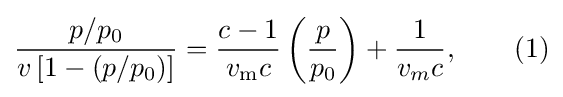
{\frac {{p}/{p_{0}}}{v\left[1-\left({p}/{p_{0}}\right)\right]}}={\frac {c-1}{v_{\mathrm {m} }c}}\left({\frac {p}{p_{0}}}\right)+{\frac {1}{v_{m}c}},\qquad (1)